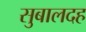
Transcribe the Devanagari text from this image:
सुबालदह